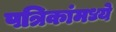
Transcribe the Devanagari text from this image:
पत्रिकांमध्ये